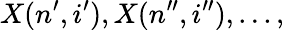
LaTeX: X(n^{\prime},i^{\prime}),X(n^{\prime\prime},i^{\prime\prime}),...,